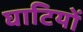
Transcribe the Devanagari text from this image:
घाटियों